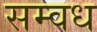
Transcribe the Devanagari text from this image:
सम्वध